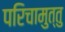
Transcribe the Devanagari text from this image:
परिचामुत्तु